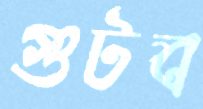
গুটব